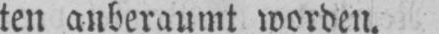
ten anberaumt worden.